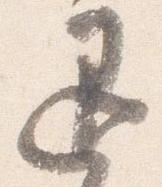
退